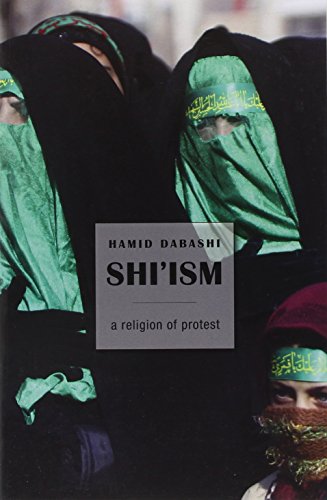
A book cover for Shi'ism: A Religion of Protest; Hamid Dabashi; Religion & Spirituality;